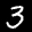
Label: 3